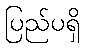
ပြည်ပရှိ